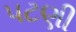
પટણી